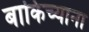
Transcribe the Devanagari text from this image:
बाकिच्याना